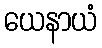
ယေနာယံ